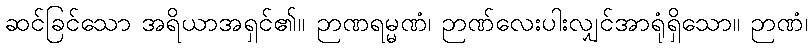
ဆင်ခြင်သော အရိယာအရှင်၏။ ဉာဏရမ္မဏံ၊ ဉာဏ်လေးပါးလျှင်အာရုံရှိသော။ ဉာဏံ၊